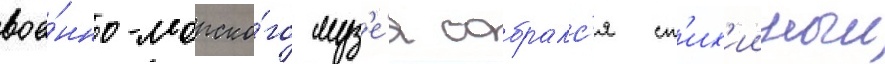
вое́нно-морско́го муз'е́я собралс'я ст'их'ииныи